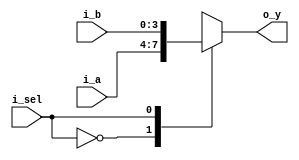
`timescale 1ns / 1ps

module MUX_2x1(
    input[3:0] i_a, i_b,
    input i_sel,
    output[3:0] o_y
    );

    reg[3:0] r_y;
    assign o_y = r_y;

    always @(i_a or i_b) begin  // @(*)   
        case(i_sel)
            1'b0 : r_y <= i_a;
            1'b1 : r_y <= i_b;
        endcase
    end
endmodule